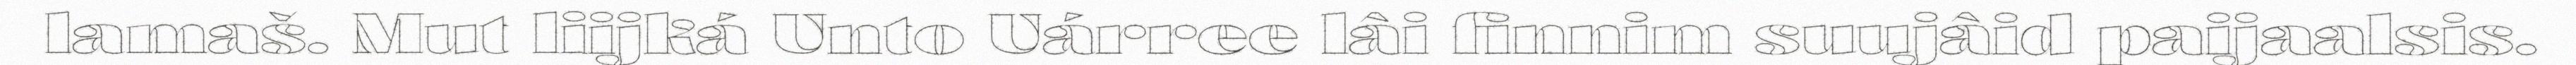
lamaš. Mut liijká Unto Uárree lâi finnim suujâid paijaalsis.